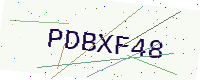
Text: PDBXF48